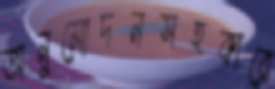
অনুমোদনসহকারে